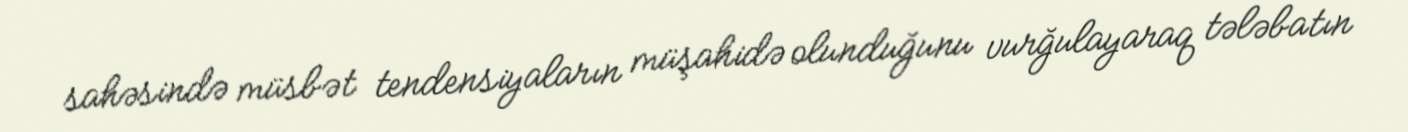
sahəsində müsbət tendensiyaların müşahidə olunduğunu vurğulayaraq tələbatın